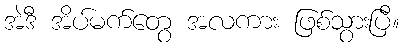
အဲဒီ အိပ်မက်တွေ အလကား ဖြစ်သွားပြီ။